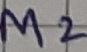
Text: M2